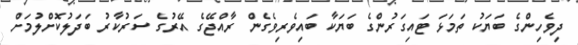
ދިވެހިންގެ ބަޔަކު ތަމަޅަ ޓައިގަރުންގެ ބަޔަކާ ބައިވެރިވެގެން ރާއްޖޭގެ އޭރުގެ ސަރުކާރު ބަދަލުކޮށްލުމަށް